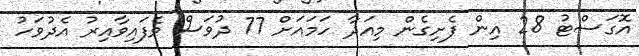
އޮގަސްޓު 28 އިން ފެށިގެން މިއަދާ ހަމައަށް 77 ދުވަސް ވެފައިވާއިރު އެދުވަހު